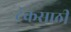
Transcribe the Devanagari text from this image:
ट्रॅकसाठी